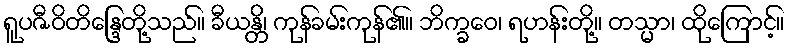
ရူပဇီဝိတိန္ဒြေတို့သည်။ ခီယန္တိ၊ ကုန်ခမ်းကုန်၏။ ဘိက္ခဝေ၊ ရဟန်းတို့။ တသ္မာ၊ ထိုကြောင့်။